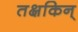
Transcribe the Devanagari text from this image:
तक्षकिन्